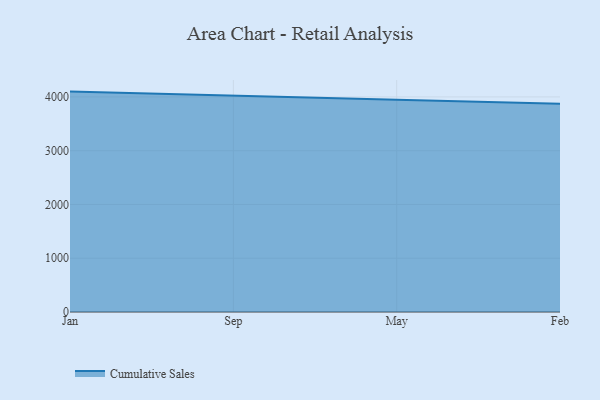
{"axis": {"x": "Month", "y": "Page Views"}, "legend": ["Cumulative Sales"], "data": [{"x": "Jan", "y": 4098.9, "type": "Cumulative Sales"}, {"x": "Sep", "y": 4029.8, "type": "Cumulative Sales"}, {"x": "May", "y": 3949.1, "type": "Cumulative Sales"}, {"x": "Feb", "y": 3871.7, "type": "Cumulative Sales"}]}